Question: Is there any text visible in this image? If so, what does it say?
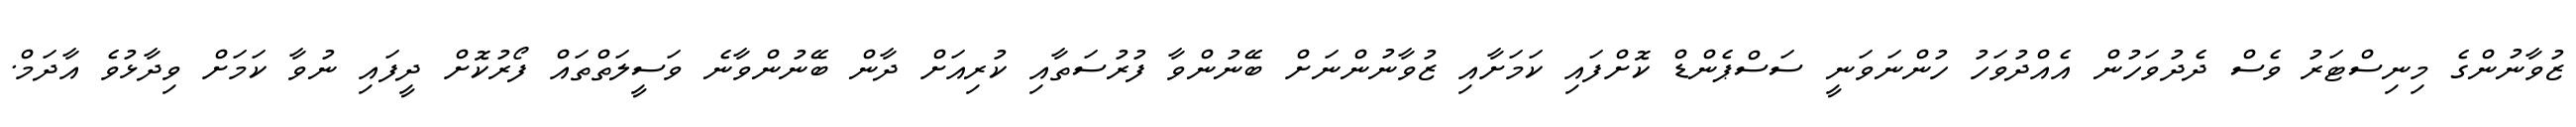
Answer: ޒުވާނުންގެ މިނިސްޓަރު ވެސް ދެދުވަހުން އެއްދުވަހު ހުންނަވަނީ ސަސްޕެންޑް ކޮށްފައި ކަމަށާއި ޒުވާނުންނަށް ބޭނުންވާ ފުރުސަތާއި ކުރިއަށް ދާން ބޭނުންވާނެ ވަސީލަތްތައް ފޯރުކޮށް ދީފައި ނުވާ ކަމަށް ވިދާޅުވެ އާދަމް.